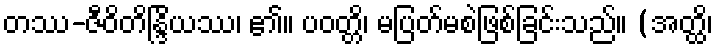
တဿ-ဇီဝိတိန္ဒြိယဿ၊ ၏။ ပဝတ္တိ၊ မပြတ်မစဲဖြစ်ခြင်းသည်။ (အတ္ထိ၊